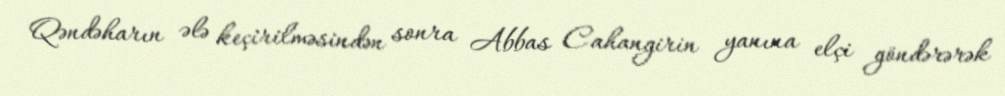
Qəndəharın ələ keçirilməsindən sonra Abbas Cahangirin yanına elçi göndərərək